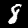
Label: 8